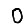
Digit: 0